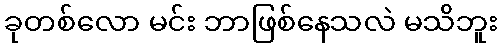
ခုတစ်လော မင်း ဘာဖြစ်နေသလဲ မသိဘူး